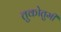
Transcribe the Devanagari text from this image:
तुकोतुमी